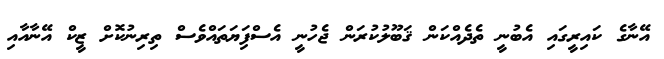
އޭނާގެ ކައިރީގައި އެބުނީ ތެދެއްކަން ޤަބޫލުކުރަން ޖެހުނީ އެސްފިަޔަތައްވެސް ތިރިނުކޮށް ޒީކް އޭނާއާއި